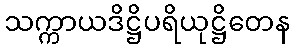
သက္ကာယဒိဋ္ဌိပရိယုဋ္ဌိတေန